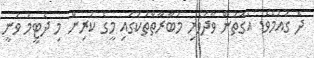
ދެ ގައުމެވެ. އެގޮތުން ވާދަވެރި މުބާރާތްތަކުގައި މީގެ ކުރިން މި ދެޓީމު ވަނީ